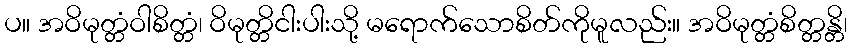
ပ။ အဝိမုတ္တံဝါစိတ္တံ၊ ဝိမုတ္တိငါးပါးသို့ မရောက်သောစိတ်ကိုမူလည်း။ အဝိမုတ္တံစိတ္တန္တိ၊